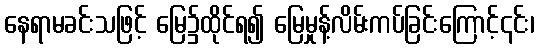
နေရာမခင်းသဖြင့် မြေ၌ထိုင်ရ၍ မြေမှုန့်လိမ်းကပ်ခြင်းကြောင့်၎င်း၊